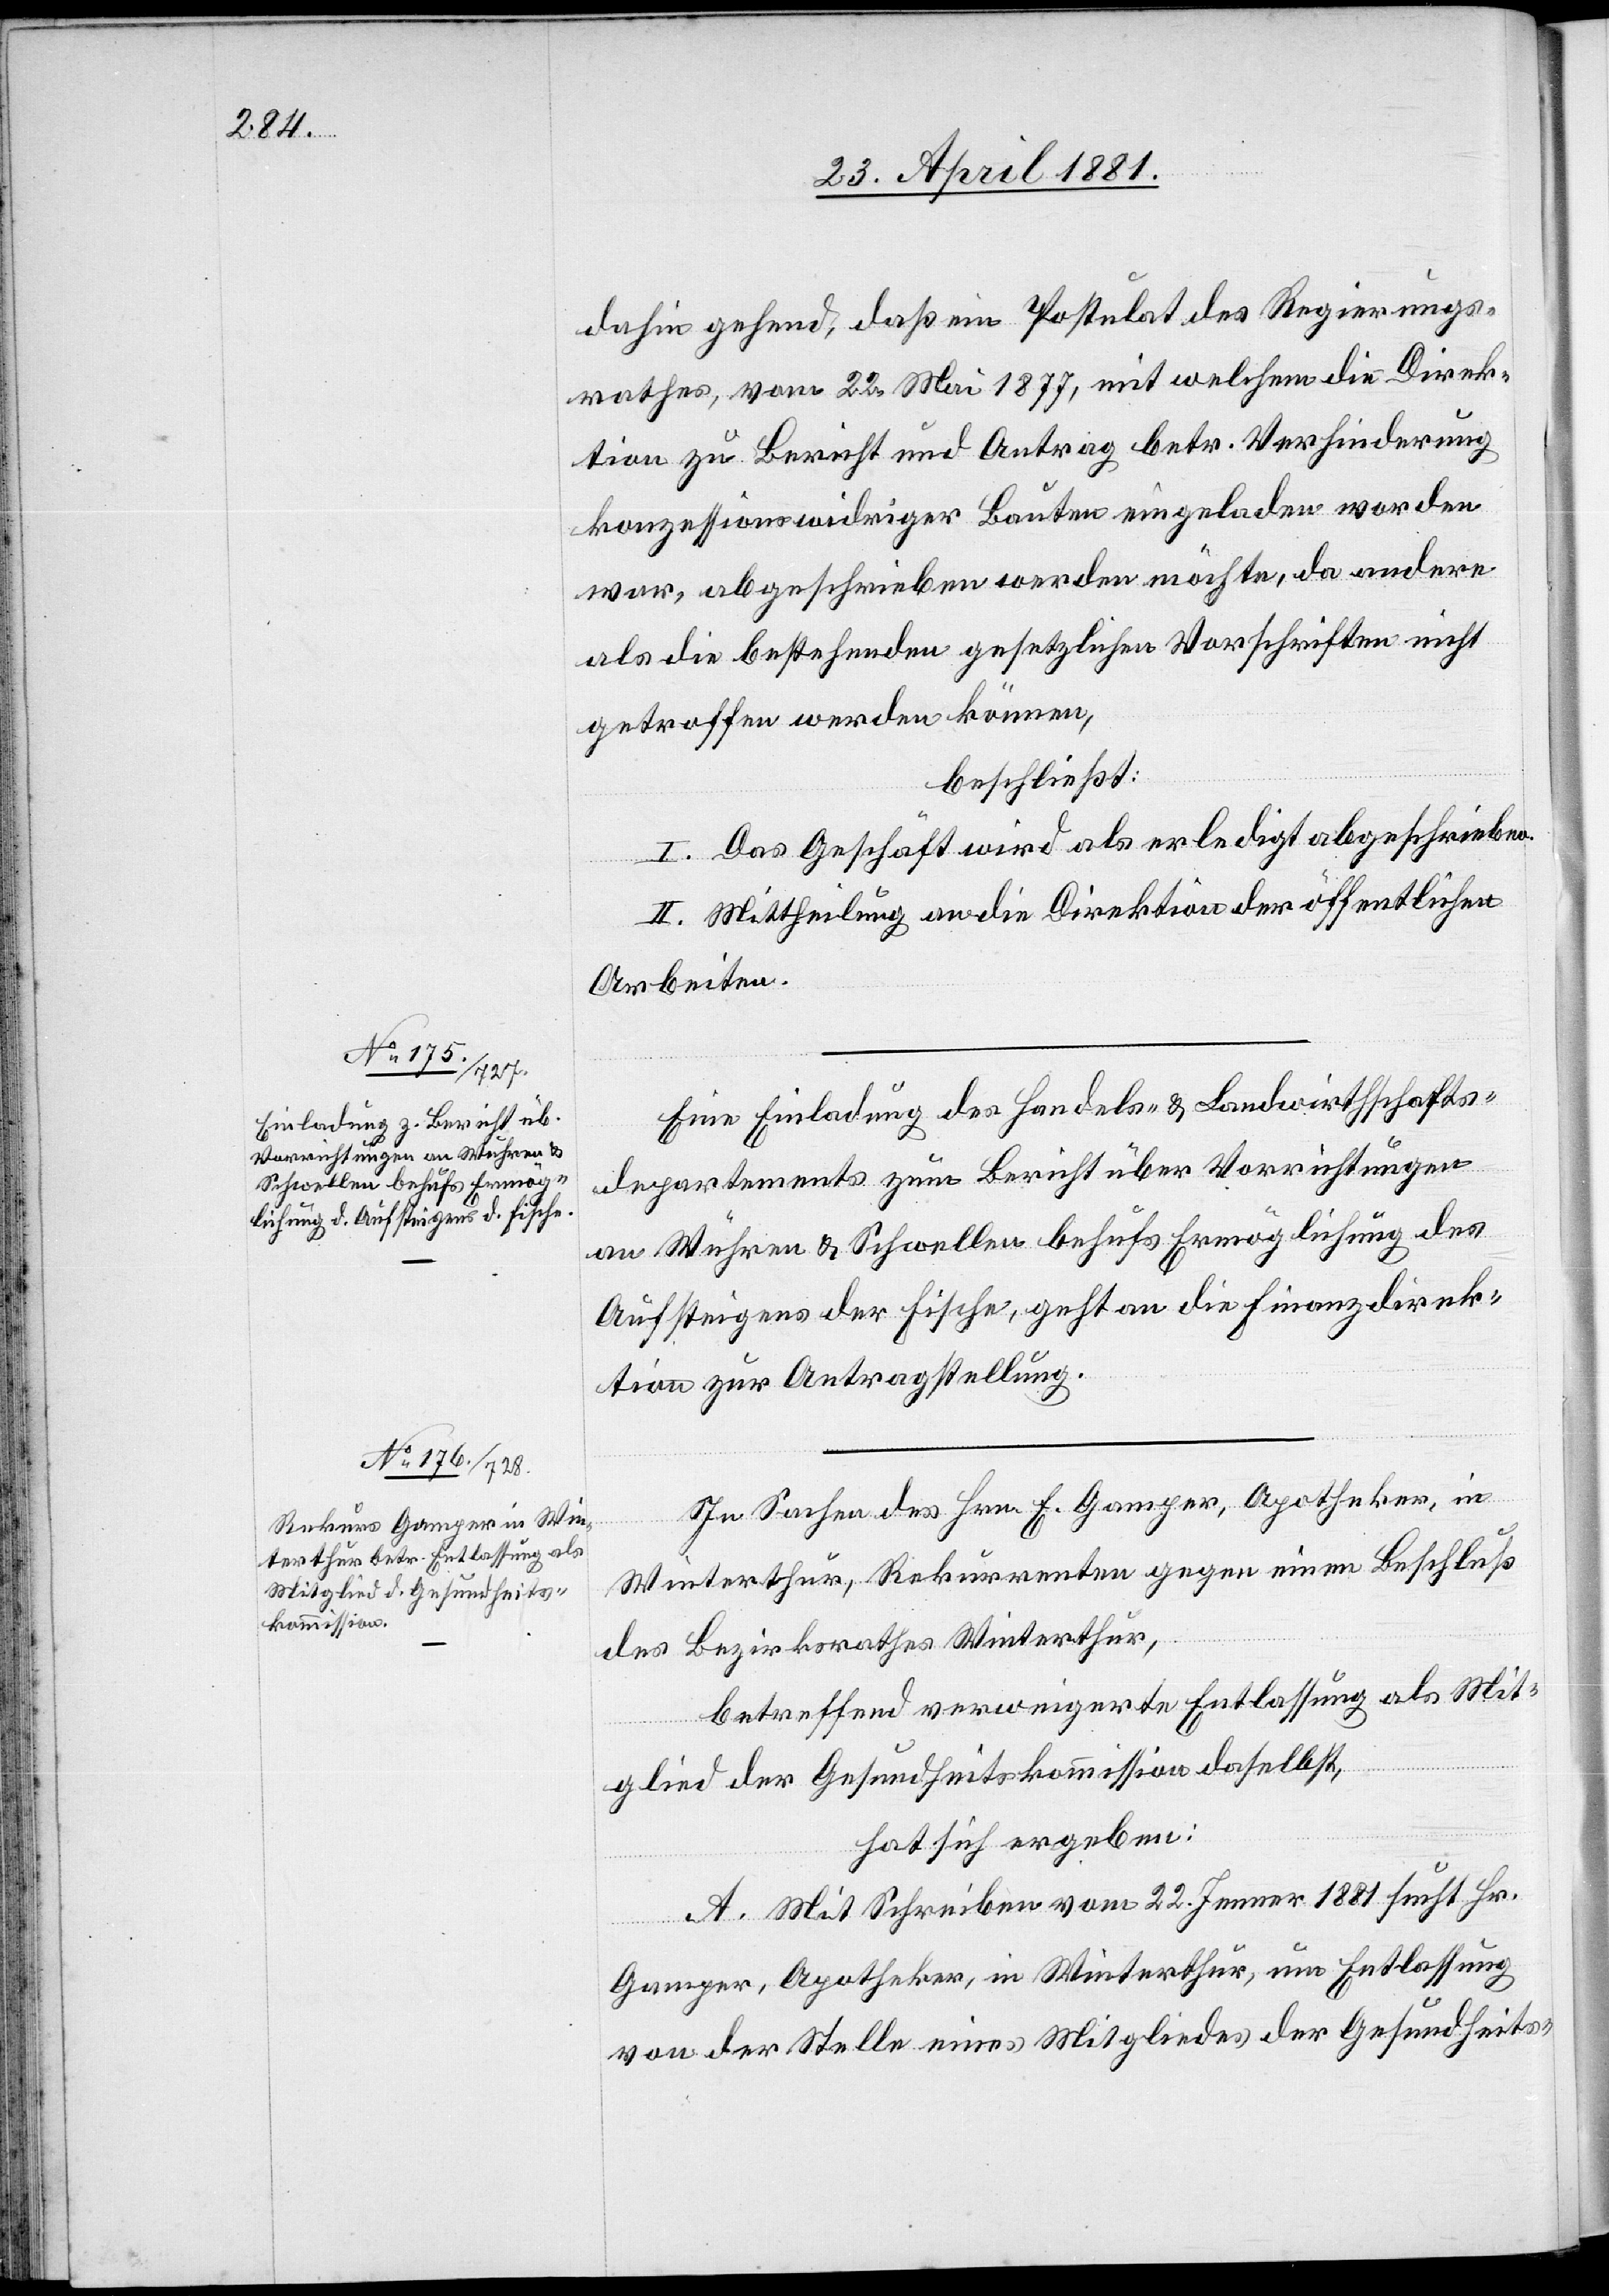
dahin gehend, daß ein Postulat des Regierungs¬
rathes, vom 22. Mai 1877, mit welchem die Direk¬
tion zu Bericht und Antrag betr. Verhinderung
konzessionswidriger Bauten eingeladen worden
war, abgeschrieben werden möchte, da andere
als die bestehenden gesetzlichen Vorschriften nicht
getroffen werden können,
beschließt:
I. Das Geschäft wird als erledigt abgeschrieben.
II. Mittheilung an die Direktion öffentlichen
Arbeiten.
Eine Einladung des Handels- & Landwirthschafts¬
departements zum Bericht über Vorrichtungen
an Wuhren & Schwellen behufs Ermöglichung des
Aufsteigens der Fische, geht an die Finanzdirek¬
tion zur Antragstellung.
In Sachen des Hrn. E. Gamper, Apotheker, in
Winterthur, Rekurrenten gegen einen Beschluß
des Bezirksrathes Winterthur,
betreffend verweigerte Entlassung als Mit¬
glied der Gesundheitskommission daselbst,
hat sich ergeben:
A. Mit Schreiben vom 22. Jenner 1881 sucht Hr.
Gamper, Apotheker, in Winterthur, um Entlassung
von der Stelle eines Mitgliedes der Gesundheits-